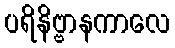
ပရိနိဗ္ဗာနကာလေ